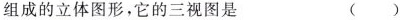
组成的立体图形，它的三视图是 ( )